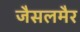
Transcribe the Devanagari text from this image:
जैसलमैर